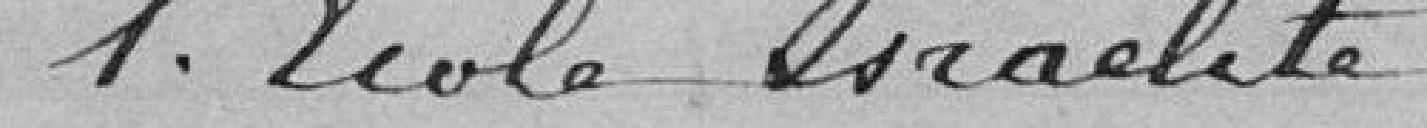
1. Ecole Israélite